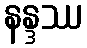
နန္ဒဿ